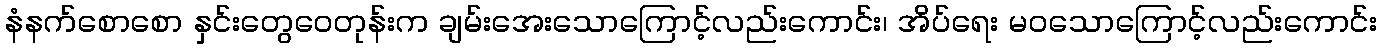
နံနက်စောစော နှင်းတွေဝေတုန်းက ချမ်းအေးသောကြောင့်လည်းကောင်း၊ အိပ်ရေး မဝသောကြောင့်လည်းကောင်း